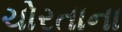
ચોરતાના